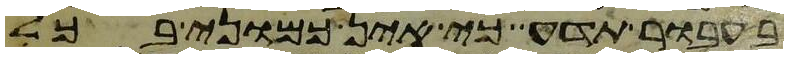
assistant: בעבור תדע כי אין כמוני בכל